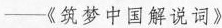
——《筑梦中国解说词》